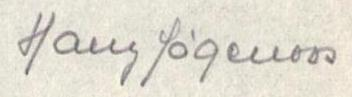
Harry Jägerroos